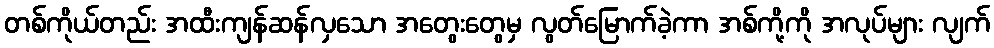
တစ်ကိုယ်တည်း အထီးကျန်ဆန်လှသော အတွေးတွေမှ လွတ်မြောက်ခဲ့ကာ အစ်ကို့ကို အလုပ်များ လျက်